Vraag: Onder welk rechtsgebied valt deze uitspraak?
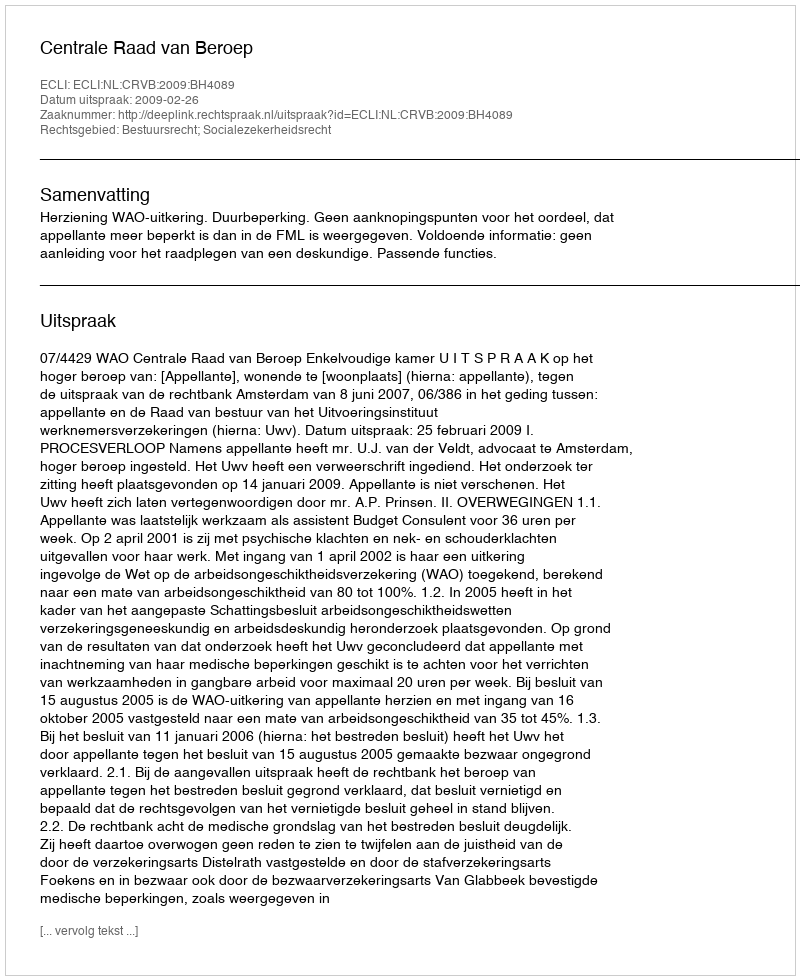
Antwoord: Bestuursrecht; Socialezekerheidsrecht